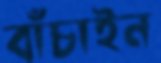
বাঁচাইন